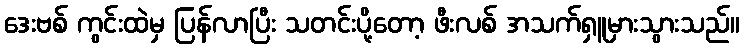
ဒေးဗစ် ကွင်းထဲမှ ပြန်လာပြီး သတင်းပို့တော့ ဖီးလစ် အသက်ရှူမှားသွားသည်။